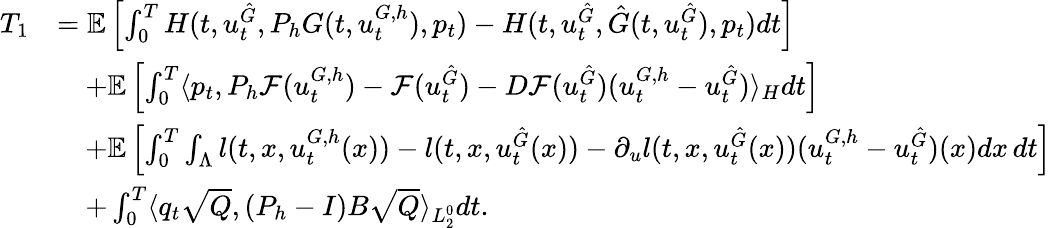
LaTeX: \begin{array}{rl}{T_{1}}&{=\mathbb{E}\left[\int_{0}^{T}H(t,u_{t}^{\hat{G}},P_{h}G(t,u_{t}^{G,h}),p_{t})-H(t,u_{t}^{\hat{G}},\hat{G}(t,u_{t}^{\hat{G}}),p_{t})dt\right]}\\ &{\quad+\mathbb{E}\left[\int_{0}^{T}\langle p_{t},P_{h}\mathcal{F}(u_{t}^{G,h})-\mathcal{F}(u_{t}^{\hat{G}})-D\mathcal{F}(u_{t}^{\hat{G}})(u_{t}^{G,h}-u_{t}^{\hat{G}})\rangle_{H}dt\right]}\\ &{\quad+\mathbb{E}\left[\int_{0}^{T}\int_{\Lambda}l(t,x,u_{t}^{G,h}(x))-l(t,x,u_{t}^{\hat{G}}(x))-\partial_{u}l(t,x,u_{t}^{\hat{G}}(x))(u_{t}^{G,h}-u_{t}^{\hat{G}})(x)dx\, dt\right]}\\ &{\quad+\int_{0}^{T}\langle q_{t}\sqrt{Q},(P_{h}-I)B\sqrt{Q}\rangle_{L_{2}^{0}}dt.}\end{array}